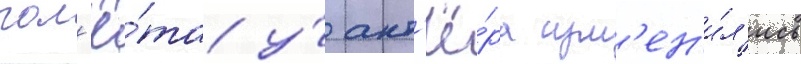
пол'ё́та у́ акт'ё́ра изм'ен'и́л'ись